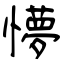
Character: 懜